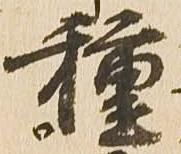
種